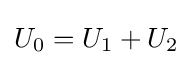
U_{0}=U_{1}+U_{2}